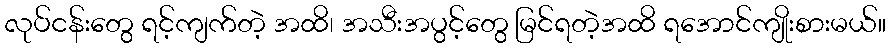
လုပ်ငန်းတွေ ရင့်ကျက်တဲ့ အထိ၊ အသီးအပွင့်တွေ မြင်ရတဲ့အထိ ရအောင်ကျိုးစားမယ်။